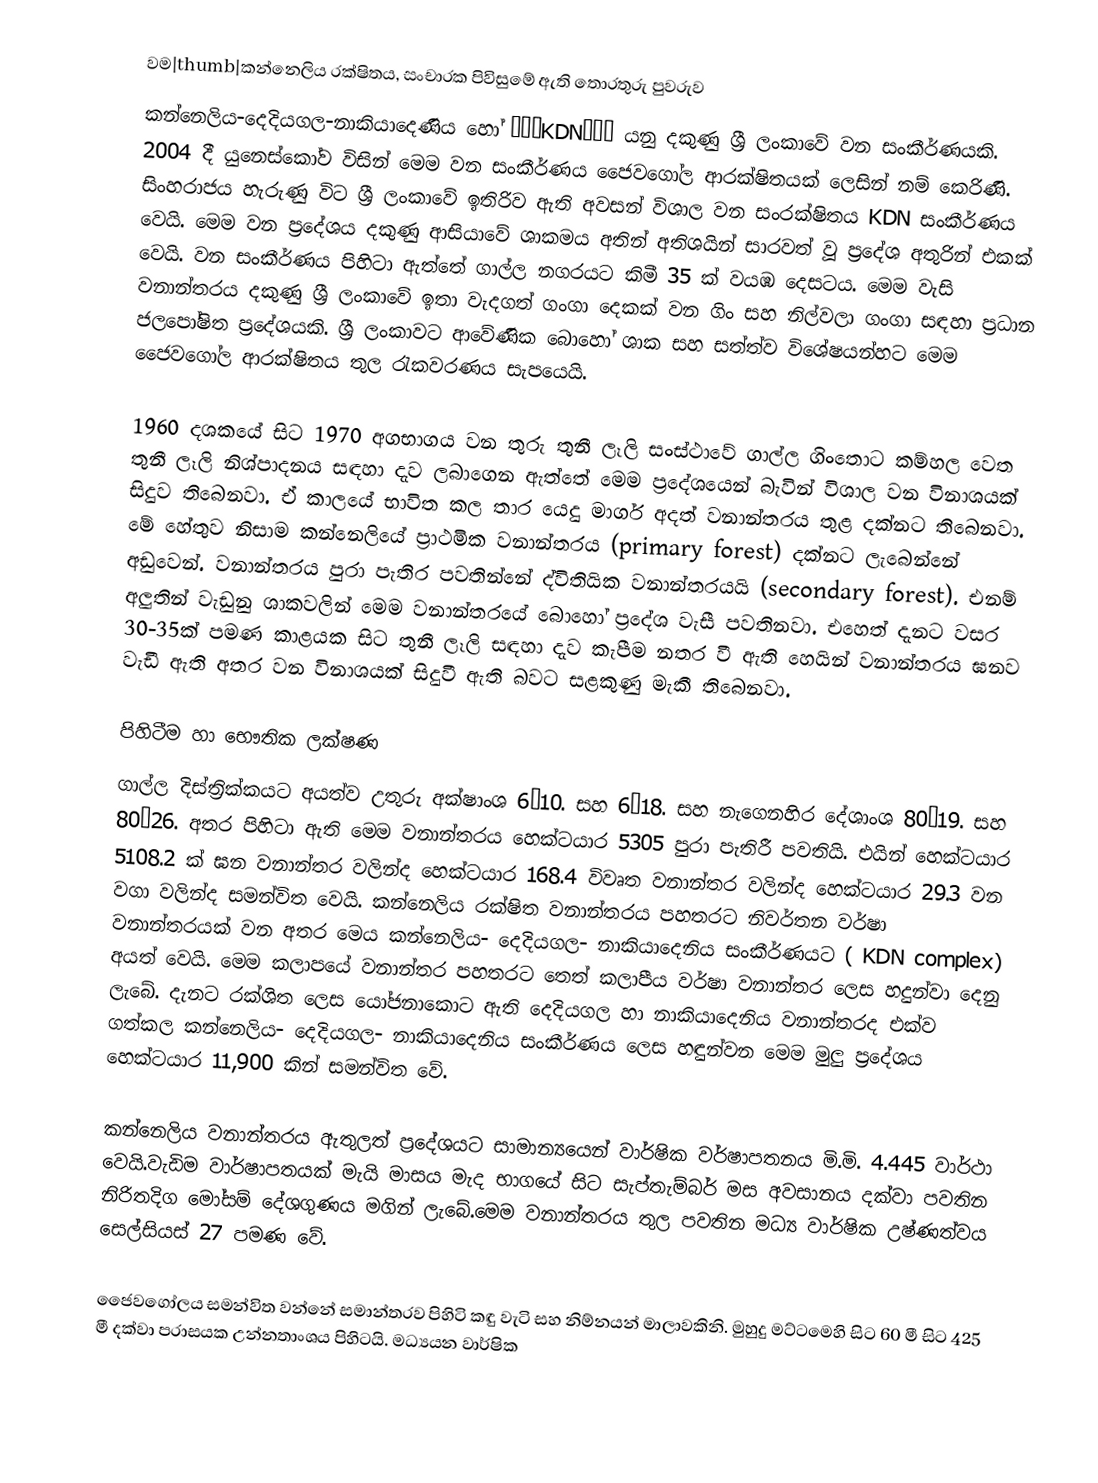
වම|thumb|කන්නෙලිය රක්ෂිතය, සංචාරක පිවිසුමේ ඇති තොරතුරු පුවරුව
කන්නෙලිය-දෙදියගල-නාකියාදෙණිය හෝ ‘‘‘KDN’’’ යනු දකුණු ශ්‍රී ලංකාවේ වන සංකීර්ණයකි. 2004 දී යුනෙස්කෝව විසින් මෙම වන සංකීර්ණය ජෛවගෝල ආරක්ෂිතයක් ලෙසින් නම් කෙරිණි. සිංහරාජය හැරුණු විට ශ්‍රී ලංකාවේ ඉතිරිව ඇති අවසන් විශාල  වන සංරක්ෂිතය KDN සංකීර්ණය  වෙයි. මෙම වන ප්‍රදේශය දකුණු ආසියාවේ ශාකමය අතින් අතිශයින් සාරවත් වූ ප්‍රදේශ අතුරින් එකක් වෙයි. වන සංකීර්ණය පිහිටා ඇත්තේ  ගාල්ල නගරයට කිමී 35 ක් වයඹ දෙසටය. මෙම වැසි වනාන්තරය  දකුණු ශ්‍රී ලංකාවේ ඉතා වැදගත් ගංගා දෙකක් වන ගිං සහ නිල්වලා ගංගා සඳහා ප්‍රධාන ජලපෝෂිත ප්‍රදේශයකි. ශ්‍රී ලංකාවට ආවේණික බොහෝ ශාක සහ සත්ත්ව විශේෂයන්හට මෙම ජෛවගෝල ආරක්ෂිතය තුල රැකවරණය සැපයෙයි.

1960 දශකයේ සිට 1970 අගභාගය වන තුරු තුනී ලෑලි සංස්ථාවේ  ගාල්ල ගිංතොට කම්හල වෙත තුනී ලෑලි නිශ්පාදනය සඳහා දැව ලබාගෙන ඇත්තේ මෙම ප්‍රදේශයෙන් බැවින් විශාල වන විනාශයක් සිදුව තිබෙනවා.  ඒ කාලයේ භාවිත කල තාර යෙදු මාර්ග අදත් වනාන්තරය තුළ දක්නට තිබෙනවා. මේ හේතුව නිසාම කන්නෙලියේ ප්‍රාථමික වනාන්තරය (primary forest) දක්නට ලැබෙන්නේ අඩුවෙන්. වනාන්තරය පුරා පැතිර පවතින්නේ ද්විතියික වනාන්තරයයි (secondary forest). එනම් අලුතින් වැඩුනු ශාකවලින් මෙම වනාන්තරයේ බොහෝ ප්‍රදේශ වැසී පවතිනවා. එහෙත් දැනට වසර 30-35ක් පමණ කාළයක සිට තුනී ලෑලි සඳහා දැව කැපීම නතර වී ඇති හෙයින් වනාන්තරය ඝනව වැඩී ඇති අතර වන විනාශයක් සිදුවී ඇති බවට සළකුණු මැකී තිබෙනවා.

පිහිටීම හා භෞතික ලක්ෂණ
ගාල්ල දිස්ත්‍රික්කයට අයත්ව උතුරු අක්ෂාංශ 6°10. සහ 6°18. සහ නැගෙනහිර දේශාංශ 80°19. සහ 80°26. අතර පිහිටා ඇති මෙම වනාන්තරය හෙක්ටයාර 5305 පුරා පැතිරී පවතියි. එයින් හෙක්ටයාර 5108.2 ක් ඝන වනාන්තර වලින්ද හෙක්ටයාර 168.4 විවෘත වනාන්තර වලින්ද හෙක්ටයාර 29.3 වන වගා වලින්ද සමන්විත වෙයි. කන්නෙලිය රක්ෂිත වනාන්තරය පහතරට නිවර්තන වර්ෂා වනාන්තරයක්  වන අතර මෙය කන්නෙලිය- දෙදියගල- නාකියාදෙනිය සංකීර්ණයට ( KDN complex)  අයත් වෙයි. මෙම කලාපයේ වනාන්තර පහතරට තෙත් කලාපීය වර්ෂා වනාන්තර ලෙස හදුන්වා දෙනු ලැබේ. දැනට රක්ශිත ලෙස යෝජනාකොට ඇති දෙදියගල හා නාකියාදෙනිය වනාන්තරද එක්ව ගත්කල කන්නෙලිය- දෙදියගල- නාකියාදෙනිය සංකීර්ණය ලෙස හඳුන්වන මෙම මුලු ප්‍රදේශය හෙක්ටයාර 11,900 කින් සමන්විත වේ.

කන්නෙලිය වනාන්තරය ඇතුලත් ප්‍රදේශයට සාමාන්‍යයෙන් වාර්ෂික වර්ෂාපතනය මි.මි. 4.445 වාර්ථා වෙයි.වැඩිම වාර්ෂාපතයක් මැයි මාසය මැද භාගයේ සිට සැප්තැම්බර් මස අවසානය දක්වා  පවතින නිරිතදිග මෝසම් දේශගුණය මගින් ලැබේ.මෙම වනාන්තරය තුල පවතින මධ්‍ය වාර්ෂික උෂ්ණත්වය සෙල්සියස් 27 පමණ වේ.

ජෛවගෝලය සමන්විත වන්නේ සමාන්තරව පිහිටි කඳු වැටි සහ නිම්නයන් මාලාවකිනි. මුහුදු මට්ටමෙහි සිට 60 මී සිට 425 මී දක්වා පරාසයක  උන්නතාංශය පිහිටයි.  මධ්‍යයන වාර්ෂික